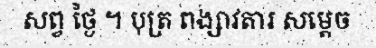
សព្វ ថ្ងៃ ។ បុត្រ ពង្សាវតារ សម្តេច